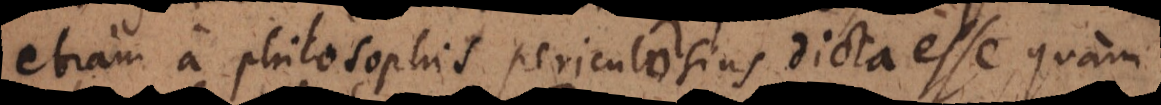
etiam a philosophis periculosius dicta esse, quam